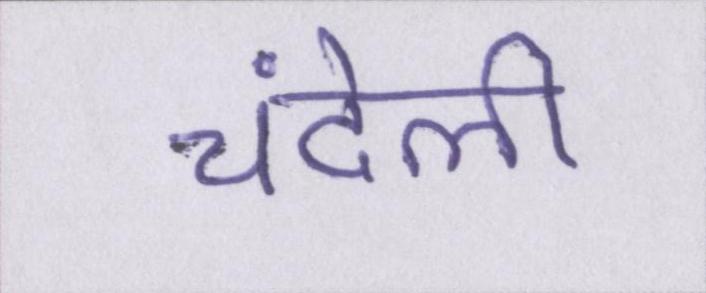
चंदेली